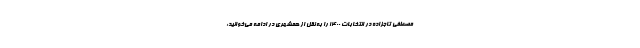
مصطفی تاجزاده در انتخابات ۱۴۰۰ را به نقل از همشهری در ادامه می‌خوانید: